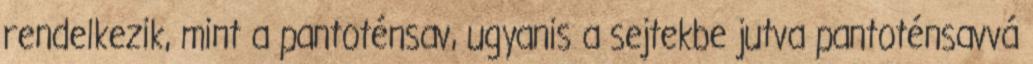
rendelkezik, mint a pantoténsav, ugyanis a sejtekbe jutva pantoténsavvá